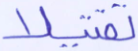
تقتيلا